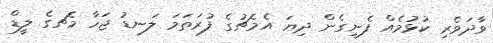
ވާދަވެރި ކުޅުމެއް ފެނިގެން ދިޔަ އެމެޗުގެ ފުރަތަމަ ލަނޑު ޖަހާ މެޗގެ ލީޑް